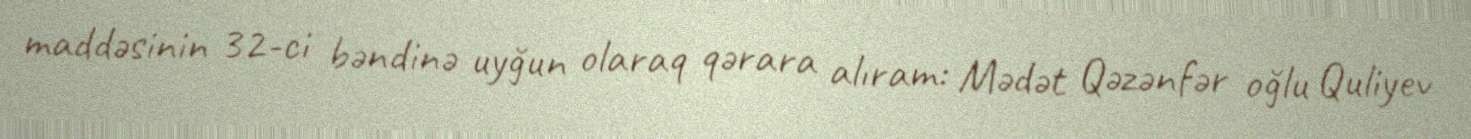
maddəsinin 32-ci bəndinə uyğun olaraq qərara alıram: Mədət Qəzənfər oğlu Quliyev